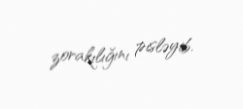
zorakılığını pisləyib.